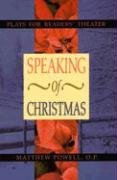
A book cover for Speaking Of Christmas; Matthew Powell; Literature & Fiction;